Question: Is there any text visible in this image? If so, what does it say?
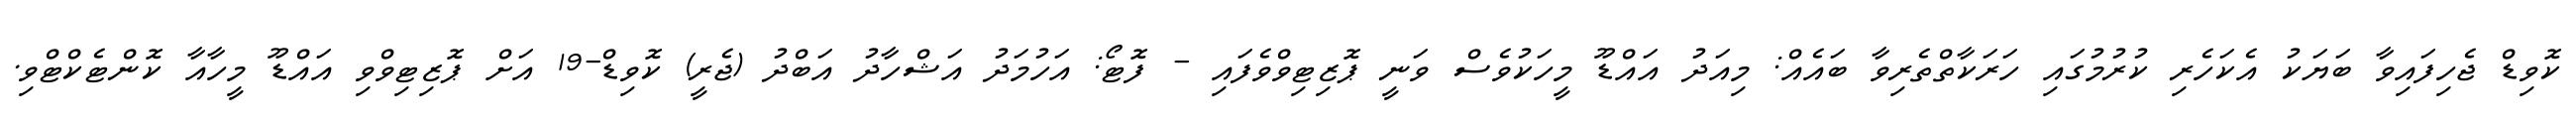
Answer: ކޮވިޑް ޖެހިފައިވާ ބަޔަކު އެކަހެރި ކުރުމުގައި ހަރަކާތްތެރިވާ ބައެއް: މިއަދު އައްޑޫ މީހަކުވެސް ވަނީ ޕޮޒިޓިވްވެފައި - ފޮޓޯ: އަހުމަދު އަޝްހާދު އަބްދު (ޖެރީ) ކޮވިޑް-19 އަށް ޕޮޒިޓިވްވި އައްޑޫ މީހާއާ ކޮންޓެކްޓްވި.